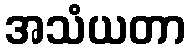
အသံယတာ